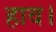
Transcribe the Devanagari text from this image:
हाव।